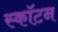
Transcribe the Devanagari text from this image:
स्कॉटन